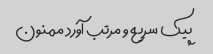
پیک سریع و مرتب آورد ممنون